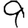
Digit: 9